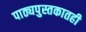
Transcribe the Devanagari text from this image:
पाठ्यपुस्तकातही